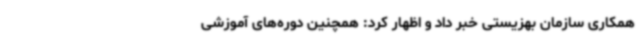
همکاری سازمان بهزیستی خبر داد و اظهار کرد: همچنین دوره‌های آموزشی